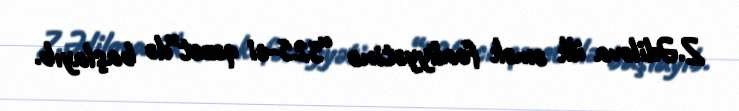
Z.Ədilova ilk əmək fəaliyyətinə “525-ci qəzet”də başlayıb.